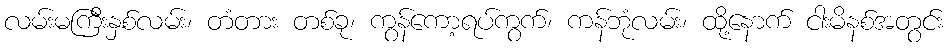
လမ်းမကြီးနှစ်လမ်း၊ တံတား တစ်ခု၊ ကွန်ကော့ရပ်ကွက်၊ ကန်ဘုံလမ်း၊ ထို့နောက် ငါးမိနစ်အတွင်း